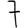
Digit: 7